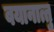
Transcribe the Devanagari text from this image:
वयानात्तु